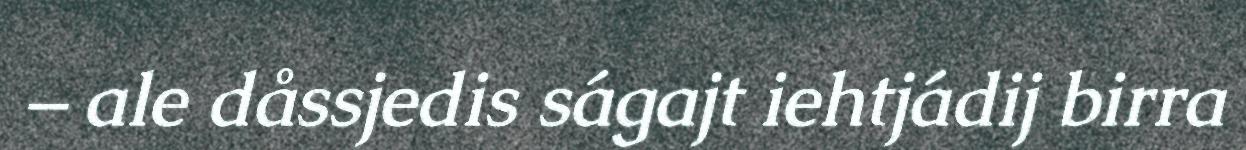
– ale dåssjedis ságajt iehtjádij birra